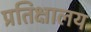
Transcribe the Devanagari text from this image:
प्रतिक्षालय